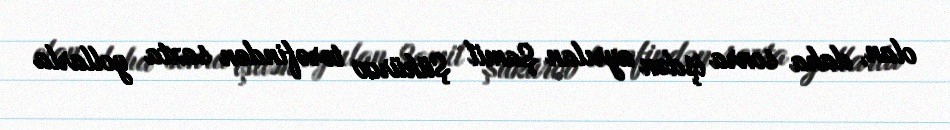
olan, daha sonra işdən ayrılan Şamil Şükürov tərəfindən saxta yollarla